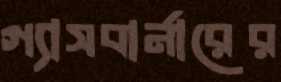
গ্যাসবার্নারের